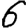
Digit: 6